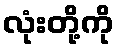
လုံးတို့ကို